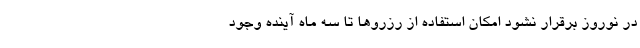
در نوروز برقرار نشود امکان استفاده از رزرو‌ها تا سه ماه آینده وجود